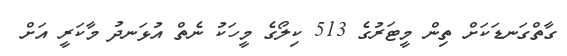
ގާތްގަނޑަކަށް ތިން މީޓަރުގެެ 513 ކިލޯގެ މީހަކު ނެތް އުޅަނދު މާކަރީ އަށް